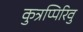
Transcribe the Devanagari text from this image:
कुत्रप्पिरिवु